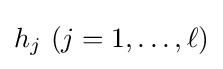
h_{j}\ (j=1,\ldots ,\ell )